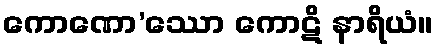
ကောဏော’ဿော ကောဋိ နာရိယံ။